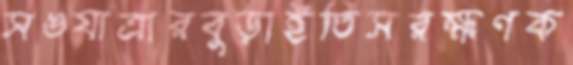
সঙযাত্রারবুড়াইতিসরক্ষণক